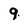
Character: q